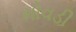
મોવડી